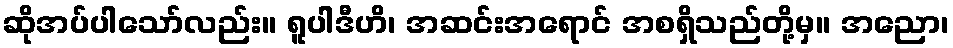
ဆိုအပ်ပါသော်လည်း။ ရူပါဒီဟိ၊ အဆင်းအရောင် အစရှိသည်တို့မှ။ အညော၊